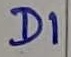
Text: D1